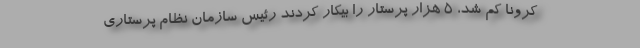
کرونا کم شد، 5 هزار پرستار را بیکار کردند رئیس سازمان نظام پرستاری